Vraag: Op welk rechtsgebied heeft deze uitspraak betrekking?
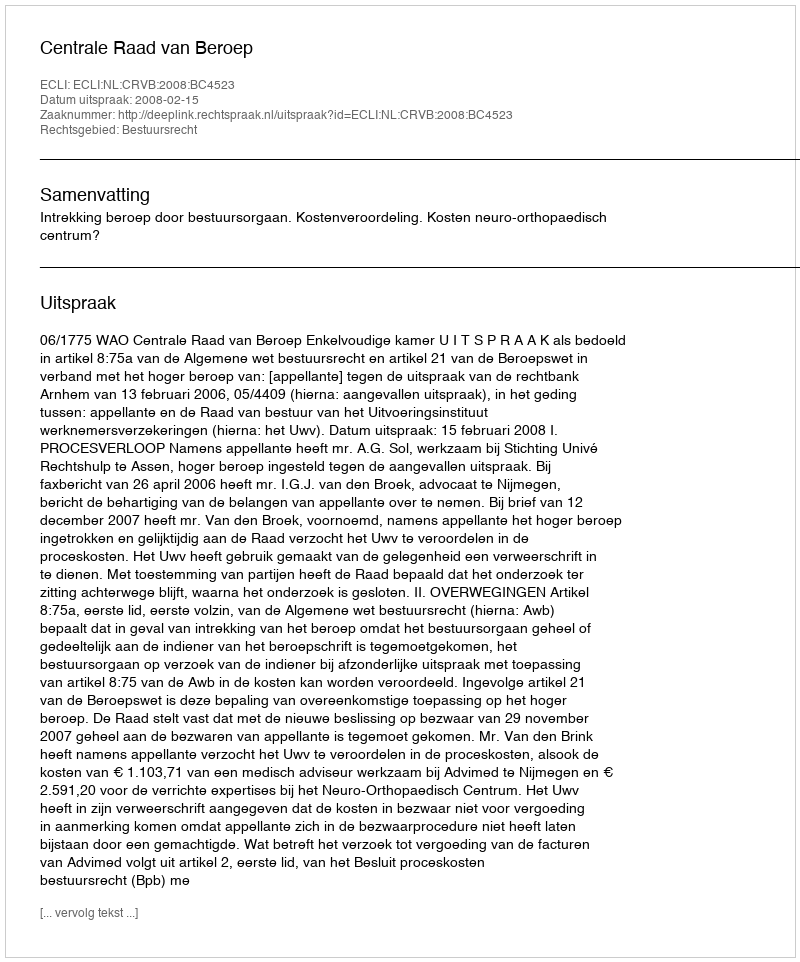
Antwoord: Bestuursrecht